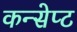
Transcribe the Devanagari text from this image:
कन्सेप्ट